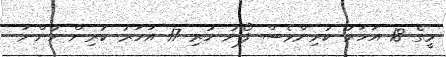
މީގެ 18 އަހަރު ކުރިންވެސް ފޯނު ހުރި 17 އަހަރު ކުރިން ހުންނަ